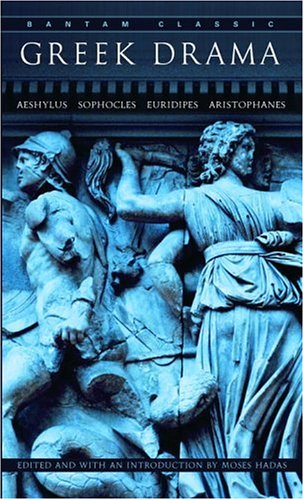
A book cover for Greek Drama (Bantam Classics); Moses Hadas; Literature & Fiction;